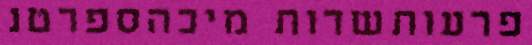
פרעותשדות מיכהספרטנ